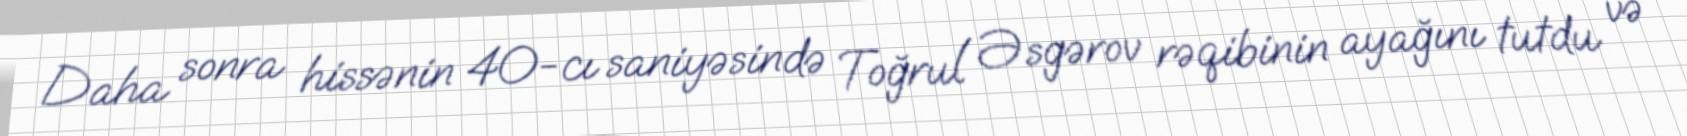
Daha sonra hissənin 40-cı saniyəsində Toğrul Əsgərov rəqibinin ayağını tutdu və